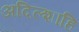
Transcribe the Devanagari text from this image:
अदिल्शाहि